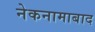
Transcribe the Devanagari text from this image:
नेकनामाबाद